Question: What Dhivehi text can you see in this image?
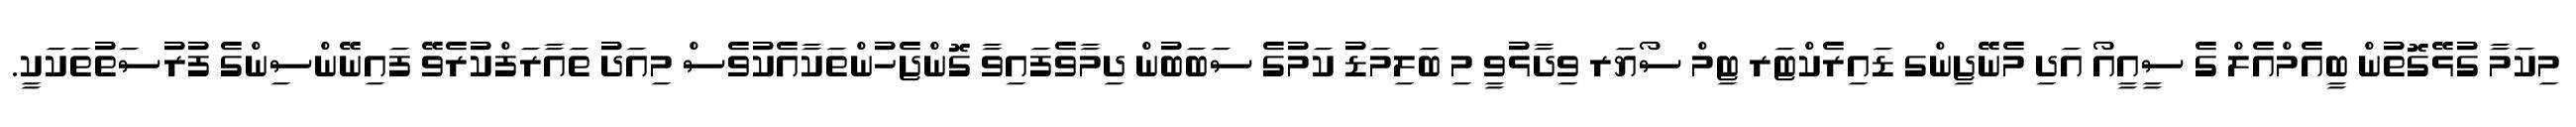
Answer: މިކަމާ ގުޅޭގޮތުން ބީއެމްއެލް ގެ ސީއީއޯ އަދި މެނޭޖިންގ ޑައިރެކްޓަރ ޓިމް ސޯޔަރ ވިދާޅުވީ މި ބަލިމަޑު ކަމުގެ ސަބަބުން ދިމާވެފައިވާ ގޮންޖެހުންތަކާއެކުވެސް މިއަދު ތައާރަފްކުރެވޭ ފައިނޭންސިންގެ ފުރުސަތުތަކަކީ.